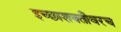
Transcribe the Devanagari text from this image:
इच्छाशक्तीवरच